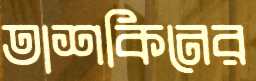
তাশকিনের